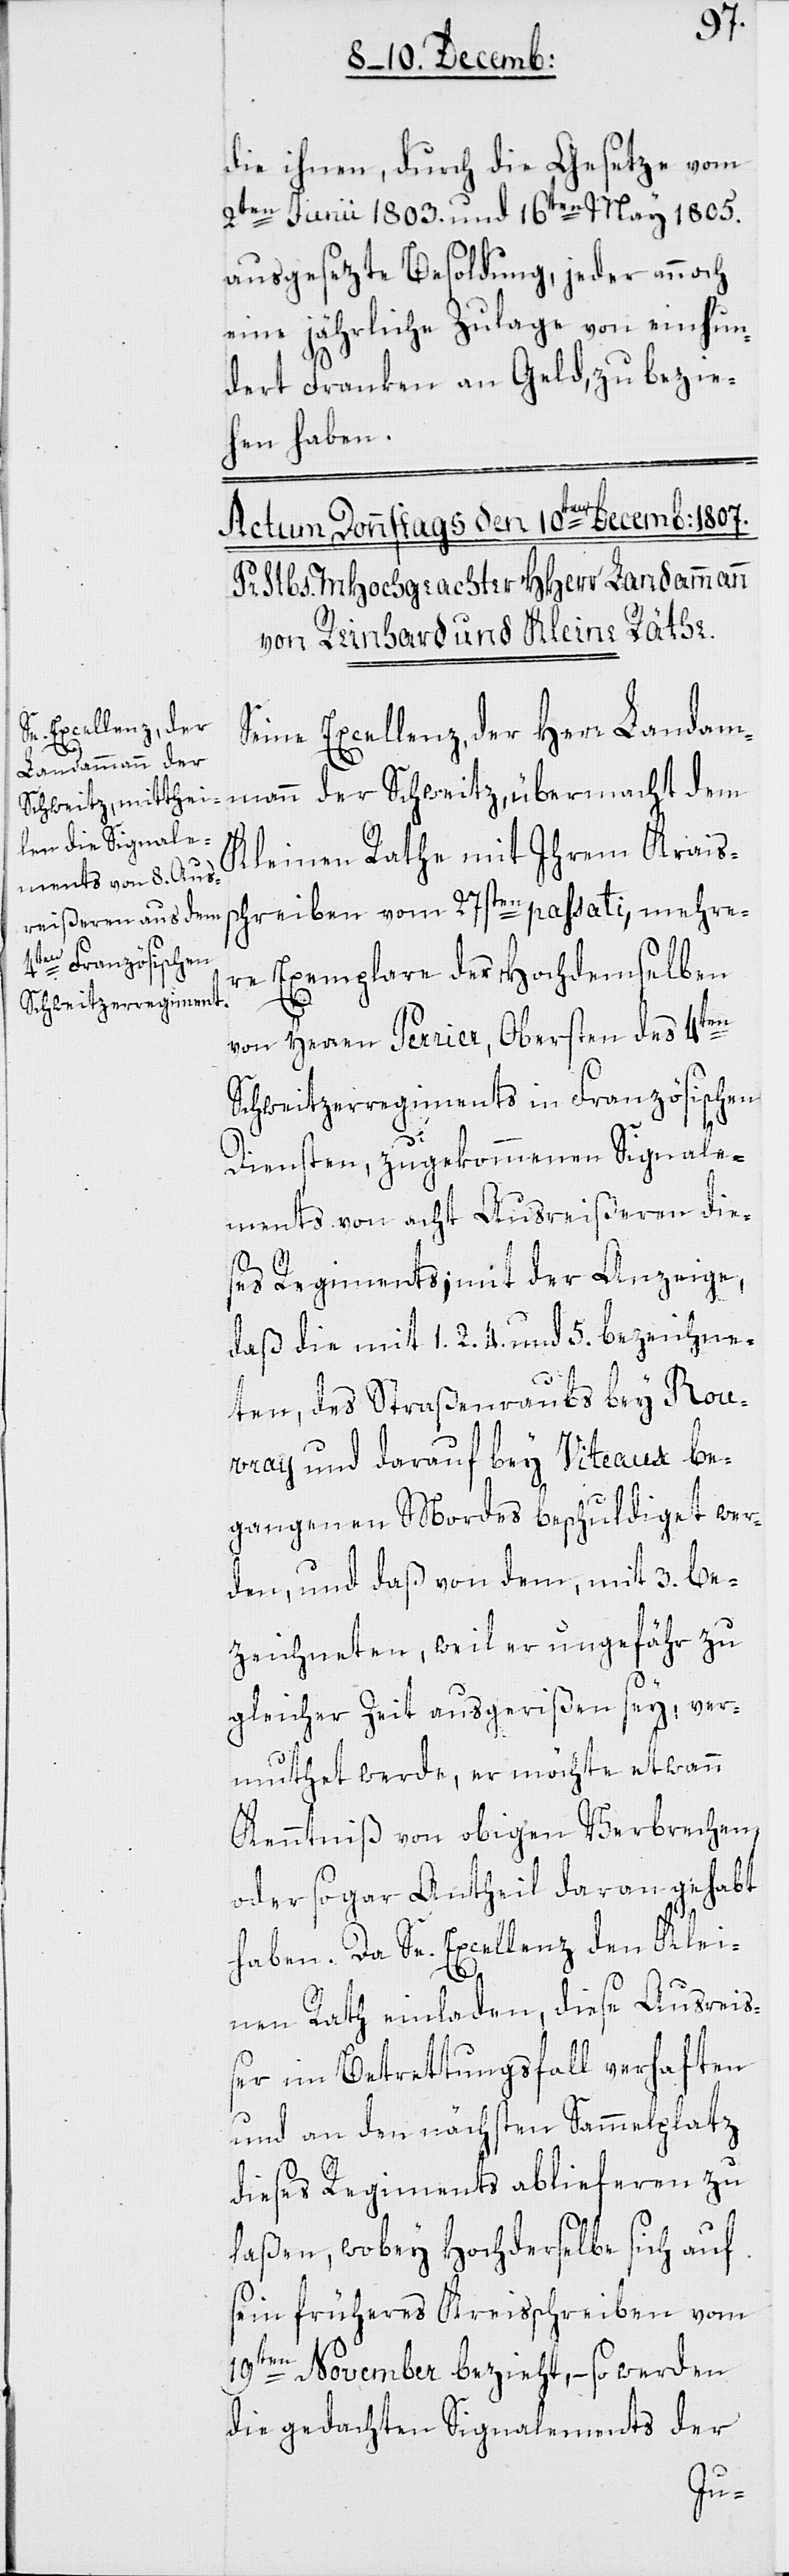
die ihnen, durch die Gesetze vom
2ten Junii 1803. und 16ten May 1805.
ausgesezte Besoldung, jeder annoch
eine jährliche Zulage von einhun¬
dert Franken an Geld, zu bezie¬
hen haben.
Seine Excellenz, der Herr Landam¬
mann der Schweitz, übermacht dem
Kleinen Rathe mit Ihrem Kraiss¬
chreiben vom 27sten passati, mehre¬
re Exemplare der Hochdemselben
von Herren Perier, Obersten des 4ten
Schweitzerregiments in Französischen
Diensten, zugekommenen Signale¬
ments von acht Ausreißeren die¬
ses Regiments; mit der Anzeige,
daß die mit 1, 2, 4. und 5. bezeichne¬
ten, des Straßenraubs bey Rou¬
vray und darauf bey Viteaux be¬
gangenen Mordes beschuldiget wer¬
den, und daß von dem, mit 3. be¬
zeichneten, weil er ungefähr zu
gleicher Zeit ausgerißen sey, ver¬
muthet werde, er möchte etwann
Kenntniß von obigen Verbrechen,
oder sogar Antheil daran gehabt
haben. Da Se. Excellenz den Klei¬
nen Rath einladen, diese Ausreiß¬
er im Betrettungsfall verhaften
und an den nächsten Sammelplatz
dieses Regiments ablieferen zu
laßen, wobey Hochderselbe sich auf
sein früheres Kreisschreiben vom
19ten November bezieht, – so werden
die gedachten Signalements der